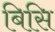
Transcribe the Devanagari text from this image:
बिसि